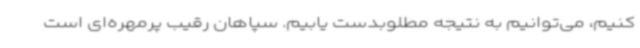
کنیم، می‌توانیم به نتیجه مطلوبدست یابیم. سپاهان رقیب پرمهره‌ای است